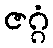
ဇဂ္ဂံ